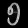
Digit: ၅